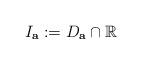
LaTeX: \begin{align*}I_\textbf{a} := D_\textbf{a}\cap \mathbb{R}\end{align*}